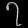
Digit: ၇